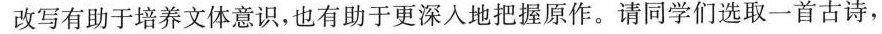
改写有助于培养文体意识，也有助于更深入地把握原作。请同学们选取一首古诗，